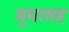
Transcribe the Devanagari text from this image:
मुद्यासह